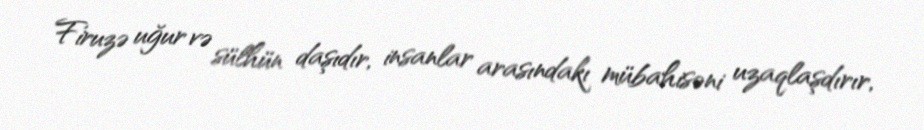
Firuzə uğur və sülhün daşıdır, insanlar arasındakı mübahisəni uzaqlaşdırır,